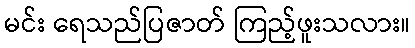
မင်း ရေသည်ပြဇာတ် ကြည့်ဖူးသလား။